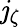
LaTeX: \mathit{j}_{\zeta}